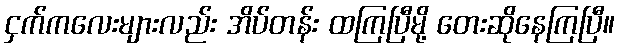
ငှက်ကလေးများလည်း အိပ်တန်း ထကြပြီမို့ တေးဆိုနေကြပြီ။